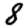
Digit: 8